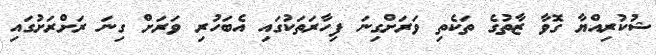
ޝުކުރިއްޔާ ގޮވާ ޒާތުގެ ތަކެތި ވަރަށްގިނަ ފިހާރަތަކުގައި އެބަހުރި ވަރަށް ގިނަ ރަށްރަށުގައި